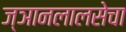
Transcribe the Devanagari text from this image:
ज्ञानलालसेचा